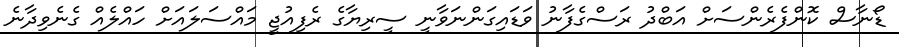
ޑޯނާސް ކޮންފެރެންސަށް އަބްދު ރަސްގެފާނު ވަޑައިގަންނަވާނީ ސީރިޔާގެ ރެފިއުޖީ މައްސަލައަށް ހައްލެއް ގެނެވިދާނެ